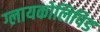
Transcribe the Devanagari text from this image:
ग्लायकोलिपिड